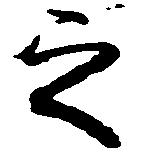
之